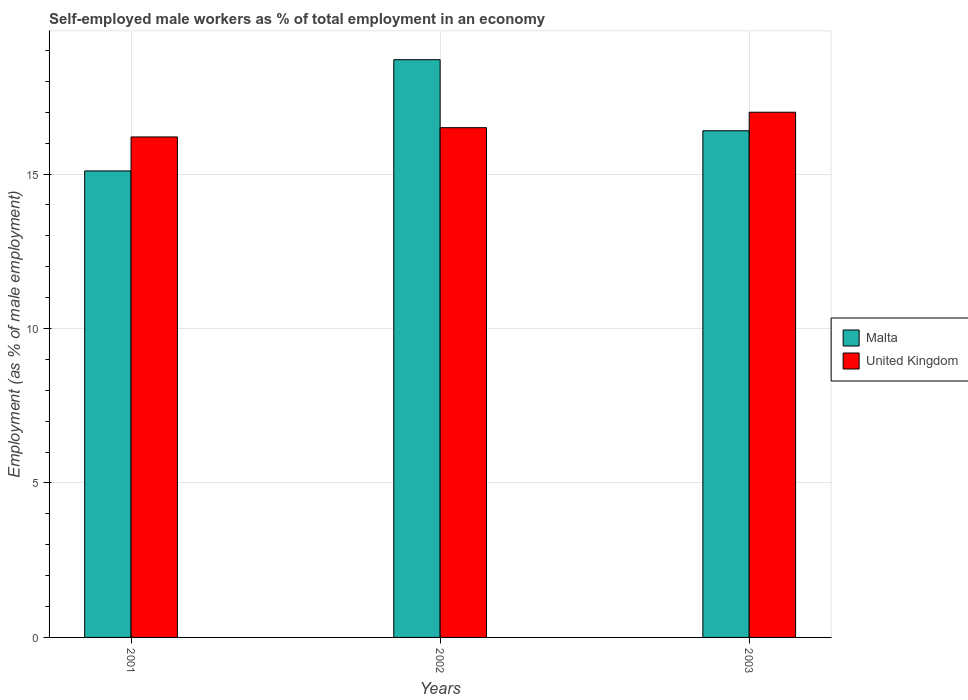
| Years | Malta | United Kingdom |
 | --- | --- | --- |
 | 2001 | 15.1 | 16.2 |
 | 2002 | 18.7 | 16.5 |
 | 2003 | 16.4 | 17 |